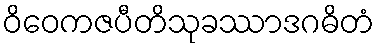
ဝိဝေကဇပီတိသုခဿာဒဂဓိတံ